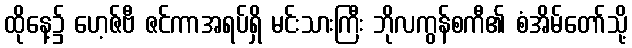
ထိုနေ့၌ ဟေ့ဇ်ဗီ ဇင်ကာအရပ်ရှိ မင်းသားကြီး ဘိုလကွန်စကီ၏ စံအိမ်တော်သို့